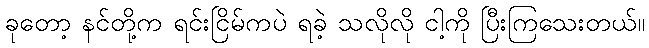
ခုတော့ နင်တို့က ရင်းငြိမ်ကပဲ ရခဲ့ သလိုလို ငါ့ကို ပြီးကြသေးတယ်။